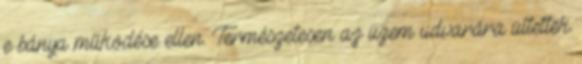
e bánya működése ellen. Természetesen az üzem udvarára ültettek